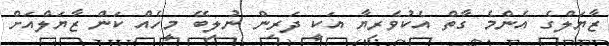
ޒާޔަލްގެ އެންމެ ގާތް އެކުވެރިޔާ އަކީ ދަރިން ނުލިބޭ މީހެއް ކަން ޒާޔަލްއަށް